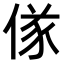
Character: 𬾷